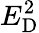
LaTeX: E_{\mathrm{D}}^{2}